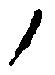
ノ